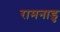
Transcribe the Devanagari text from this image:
रामनाडु